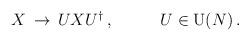
LaTeX: \begin{align*}\begin{array}{cc}X\,\rightarrow\,UXU^{\dagger}\,,~~~&~~~U\in\mbox{U}(N)\,.\end{array}\end{align*}